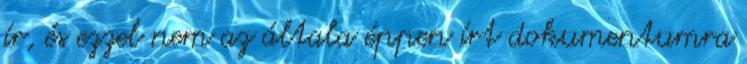
ír, és ezzel nem az általa éppen írt dokumentumra